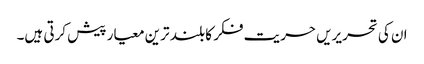
ان کی تحریریں حریت فکر کا بلند ترین معیار پیش کرتی ہیں۔